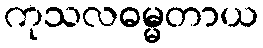
ကုသလဓမ္မတာယ